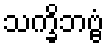
သက္ခိဘဗ္ဗံ